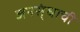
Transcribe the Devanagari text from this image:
जनस्ंघाची